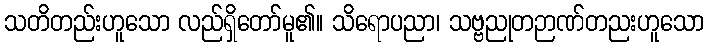
သတိတည်းဟူသော လည်ရှိတော်မူ၏။ သိရောပညာ၊ သဗ္ဗညုတဉာဏ်တညးဟူသော